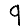
Digit: 9